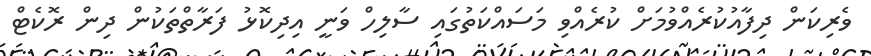
ވެރިކަން ދިފާއުކުރެއްވުމަށް ކުރެއްވި މަސައްކަތުގައި ސާލިހް ވަނީ އިދިކޮޅު ފަރާތްތަކުން ދިން ރޮކެޓް